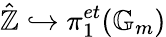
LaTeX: {\hat{\mathbb{Z}}}\hookrightarrow\pi_{1}^{et}(\mathbb{G}_{m})